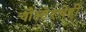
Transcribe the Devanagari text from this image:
चौल्हेरचेही